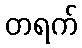
တရက်